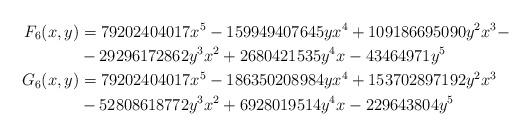
LaTeX: \begin{align*}F_6(x,y) &= 79202404017 x^5 - 159949407645 yx^4 + 109186695090 y^2x^3 - \\ &- 29296172862y^3x^2 + 2680421535 y^4x - 43464971 y^5 \\G_6(x,y) &= 79202404017x^5 - 186350208984 yx^4 + 153702897192 y^2x^3 \\ &- 52808618772 y^3x^2 + 6928019514 y^4x - 229643804y^5\end{align*}